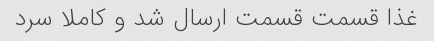
غذا قسمت قسمت ارسال شد و کاملا سرد